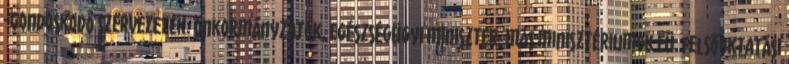
-Gondoskodó szervezetek: önkormányzatok, Egészségügyi Miniszter, más minisztériumok Eü. felsőoktatási